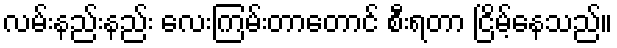
လမ်းနည်းနည်း လေးကြမ်းတာတောင် စီးရတာ ငြိမ့်နေသည်။